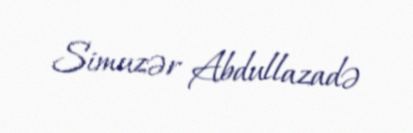
Simuzər Abdullazadə